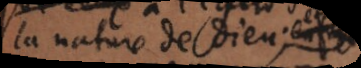
la nature de Dieu;